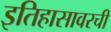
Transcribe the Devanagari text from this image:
इतिहासावरची